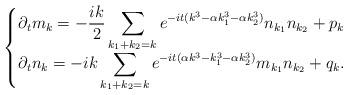
LaTeX: \begin{align*}\begin{cases}\displaystyle{\partial_t m_k = - \frac{ik}2 \sum_{k_1 + k_2 = k} e^{-it(k^3 - \alpha k_1^3 - \alpha k_2^3)}n_{k_1}n_{k_2}}+ p_k \\\displaystyle{\partial_t n_k = - ik \sum_{k_1 + k_2 = k} e^{-it(\alpha k^3 - k_1^3 - \alpha k_2^3)}m_{k_1}n_{k_2}} + q_k.\end{cases} \end{align*}